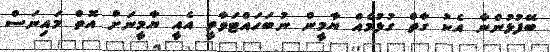
ބޭފުޅުންނާ އެކު ގާތް ގުޅުމެއް ޔާމީން ނުބަހައްޓަވާތީ އެއީ ޔާމީނަށް އޮތް މައިނަސް